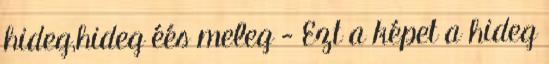
hideg,hideg éés meleg - Ezt a képet a hideg